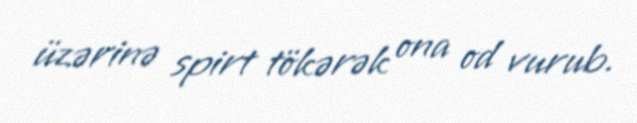
üzərinə spirt tökərək ona od vurub.